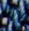
إزرا